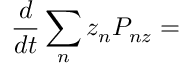
\frac { d } { d t } \sum _ { n } z _ { n } P _ { n z } =